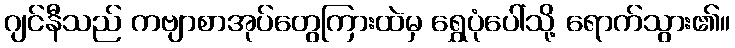
ဂျင်နီသည် ကဗျာစာအုပ်တွေကြားထဲမှ ရွှေပုံပေါ်သို့ ရောက်သွား၏။